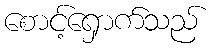
စောင့်ရှောက်သည်